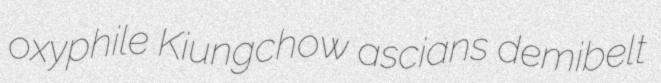
oxyphile Kiungchow ascians demibelt